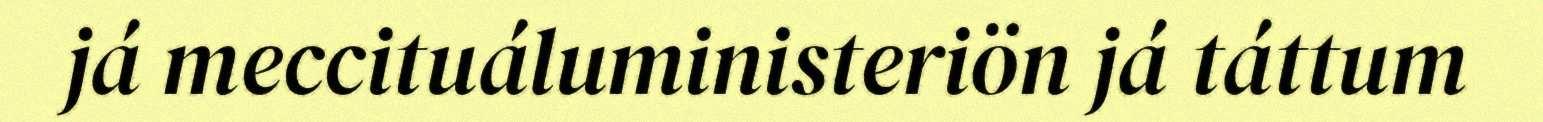
já meccituáluministeriön já táttum